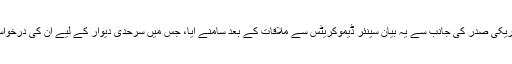
اطلاعات کے مطابق امریکی صدر کی جانب سے یہ بیان سینئر ڈیموکریٹس سے ملاقات کے بعد سامنے آیا، جس میں سرحدی دیوار کے لیے ان کی درخواست کو مسترد کردیا گیا۔